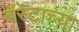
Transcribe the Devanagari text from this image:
बॅरेटाच्या